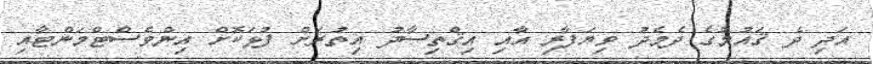
އަދި ދެ ޤައުމުގެ ދެމެދު ވިޔަފާރި އާއި އިޤްތިސާދު އިތުރަށް ފުޅަކޮށް އިންވެސްޓްމަންޓާއި